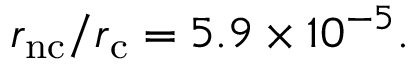
r _ { \mathrm { n c } } / r _ { \mathrm { c } } = 5 . 9 \times 1 0 ^ { - 5 } .